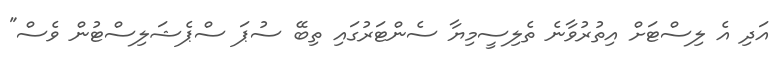
އަދި އެ ލިސްޓަށް އިތުރުވާނެ ތެލިސީމިޔާ ސެންޓަރުގައި ތިބޭ ސުޕަ ސްޕެޝަލިސްޓުން ވެސް"